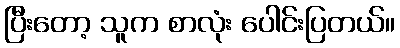
ပြီးတော့ သူက စာလုံး ပေါင်းပြတယ်။